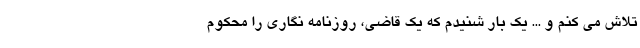
تلاش می کنم و ... یک بار شنیدم که یک قاضی، روزنامه نگاری را محکوم